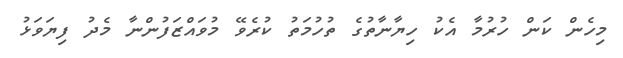
މިހެން ކަން ހުރުމާ އެކު ހިޔާނާތުގެ ތުހުމަތު ކުރެވޭ މުވައްޒަފުންނާ މެދު ފިޔަވަޅު